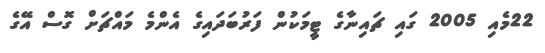
22މެއި 2005 ގައި ޗައިނާގެ ޓީމަކުން ފަރުބަދައިގެ އެންމެ މައްޗަށް ގޮސް އޭގެ